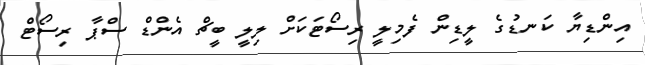
އިންޑިޔާ ކަނޑުގެ ލީޑިން ފެމިލީ ރިސޯޓަކަށް ލިލީ ބީޗް އެންޑް ސްޕާ ރިސޯޓް